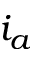
i _ { a }